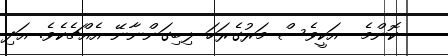
ކޮންމެ  އަކީވެސް މަރުގެރަހަ ލިބިގަންނާނޭ އެއްޗެކެވެ. އަދި